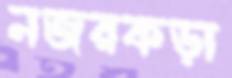
নজরকড়া